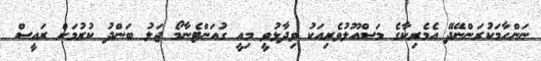
ނަންހާމަކުރަންނޭދޭ އެމެރިކާގެ މަސްއޫލުވެރިއަކު ވިދާޅުވީ މިއީ ގުއަންޓެނާމޯ ޖަލު ބަންދު ކުރުމަށް ރައީސް